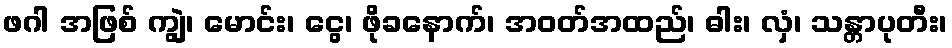
ဖဂါ အဖြစ် ကျွဲ၊ မောင်း၊ ငွေ၊ ဖိုခနောက်၊ အဝတ်အထည်၊ ဓါး၊ လှံ၊ သန္တာပုတီး၊